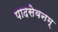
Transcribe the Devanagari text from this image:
पादसेवनम्